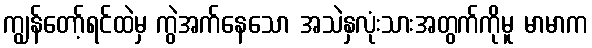
ကျွန်တော့်ရင်ထဲမှ ကွဲအက်နေသော အသဲနှလုံးသားအတွက်ကိုမူ မာမာက